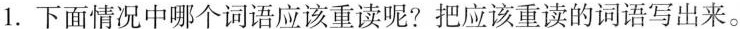
1.下面情况中哪个词语应该重读呢?把应该重读的词语写出来。